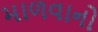
માળવાનો